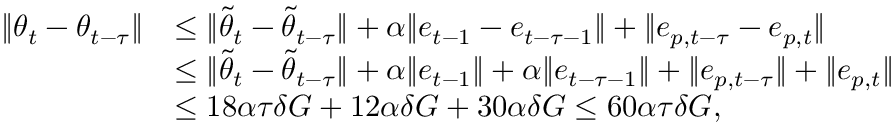
\begin{array} { r l } { \Vert { \theta } _ { t } - { \theta } _ { t - \tau } \Vert } & { \leq \Vert \tilde { \theta } _ { t } - \tilde { \theta } _ { t - \tau } \Vert + \alpha \Vert e _ { t - 1 } - e _ { t - \tau - 1 } \Vert + \Vert e _ { p , t - \tau } - e _ { p , t } \Vert } \\ & { \leq \Vert \tilde { \theta } _ { t } - \tilde { \theta } _ { t - \tau } \Vert + \alpha \Vert e _ { t - 1 } \Vert + \alpha \Vert e _ { t - \tau - 1 } \Vert + \Vert e _ { p , t - \tau } \Vert + \Vert e _ { p , t } \Vert } \\ & { \leq 1 8 \alpha \tau \delta G + 1 2 \alpha \delta G + 3 0 \alpha \delta G \leq 6 0 \alpha \tau \delta G , } \end{array}